Leaving Certificate Examination, 1917, 1917
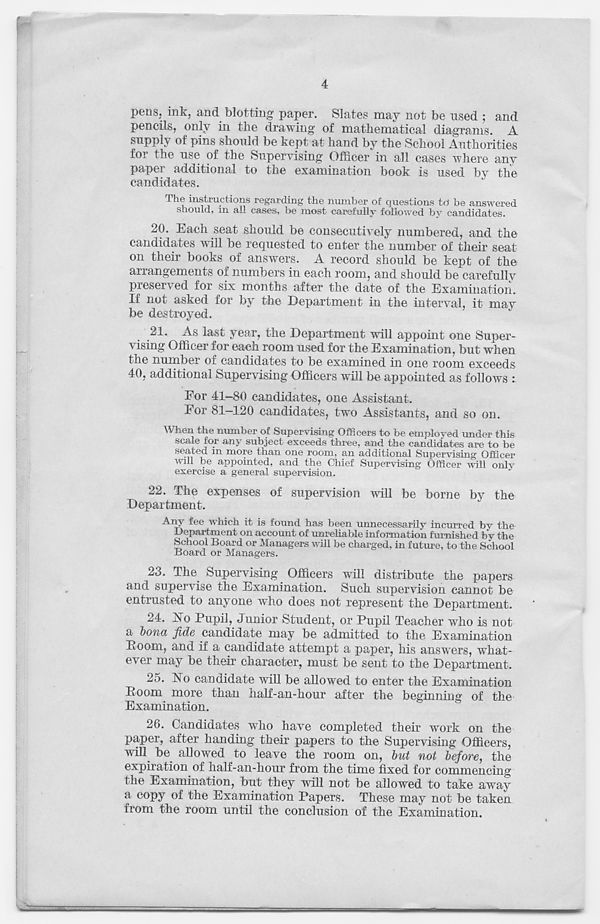
pens, ink, and blotting paper. Slates may not be used ; and
pencils, only in the drawing of mathematical diagrams. A
supply of pins should be kept at hand by the School Authorities
for the use of the Supervising Officer in all cases where any
paper additional to the examination book is used by the
candidates.
The instructions regarding the number of questions td be answered
should, in all cases, be most carefully followed by candidates.
20. Each seat should be consecutively numbered, and the
candidates will be requested to enter the number of their seat
on their books of answers. A record should be kept of the
arrangements of numbers in each room, and should be carefully
preserved for six months after the date of the Examination.
If not asked for by the Department in the interval, it may
be destroyed.
21. As last year, the Department will appoint one Super-
vising Officer for each room used for the Examination, but when
the number of candidates to be examined in one room exceeds
40, additional Supervising Officers will be appointed as follows :
For 41-80 candidates, one Assistant.
For 81-120 candidates, two Assistants, and so on.
When the number of Supervising Officers to be employed under this
scale for any subject exceeds three, and the candidates are to be
seated m more than one room, an additional Supervising Officer
will be appointed, and the Chief Supervising Officer will only
exercise a general supervision.
22. The expenses of supervision will be borne by the
Department.
Any fee which it is found has been unnecessarily incurred by the
Department on account of unreliable information furnished by the
School Board or Managers will be charged, in future, to the School
Board or Managers.
23. The Supervising Officers will distribute the papers
and supervise the Examination. Such supervision cannot be
entrusted to anyone who does not represent the Department.
24. Ao Pupil, Junior Student, or Pupil Teacher who is not
a bona fide candidate may be admitted to the Examination
Room, and if a candidate attempt a paper, his answers, what-
ever may be their character, must be sent to the Department.
25. No candidate will be allowed to enter the Examination
Room more than half-an-hour after the beginning of the
Examination.
26. Candidates who have completed their work on the
paper, after handing their papers to the Supervising Officers,
will be allowed to leave the room on, but not before, the
expiration of half-an-hour from the time fixed for commencing
the Examination, but they will not be allowed to take away
a copy of the Examination Papers. These may not be taken
from the room until the conclusion of the Examination.